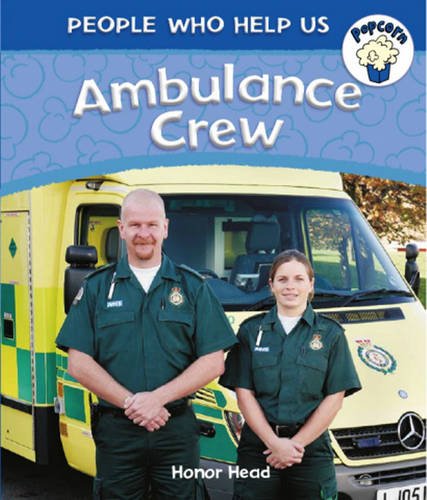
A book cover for Ambulance Crew (Popcorn: People Who Help Us); Honor Head; Medical Books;